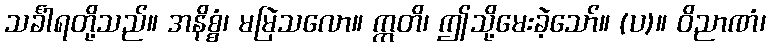
သင်္ခါရတို့သည်။ အနိစ္စံ၊ မမြဲသလော။ ဣတိ၊ ဤသို့မေးခဲ့သော်။ (ပ)။ ဝိညာဏံ၊